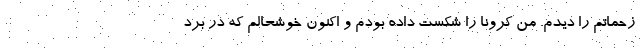
زحماتم را دیدم. من کرونا را شکست داده بودم و اکنون خوشحالم که در برد